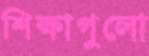
শিক্ষাগুলো